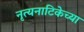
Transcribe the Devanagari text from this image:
नृत्यनाटिकेच्या